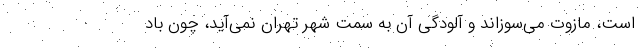
است، مازوت می‌سوزاند و آلودگی آن به سمتِ شهر تهران نمی‌آید، چون باد